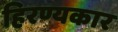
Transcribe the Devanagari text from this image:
हिरण्यकार